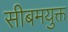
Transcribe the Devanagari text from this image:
सीबमयुक्त